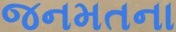
જનમતના